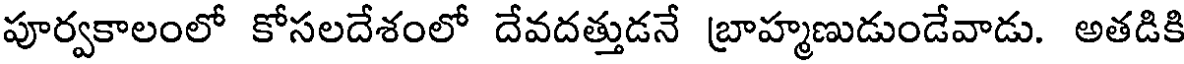
పూర్వకాలంలో కోసలదేశంలో దేవదత్తుడనే బ్రాహ్మణుడుండేవాడు. అతడికి